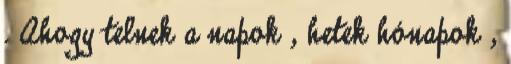
. Ahogy telnek a napok , hetek hónapok ,